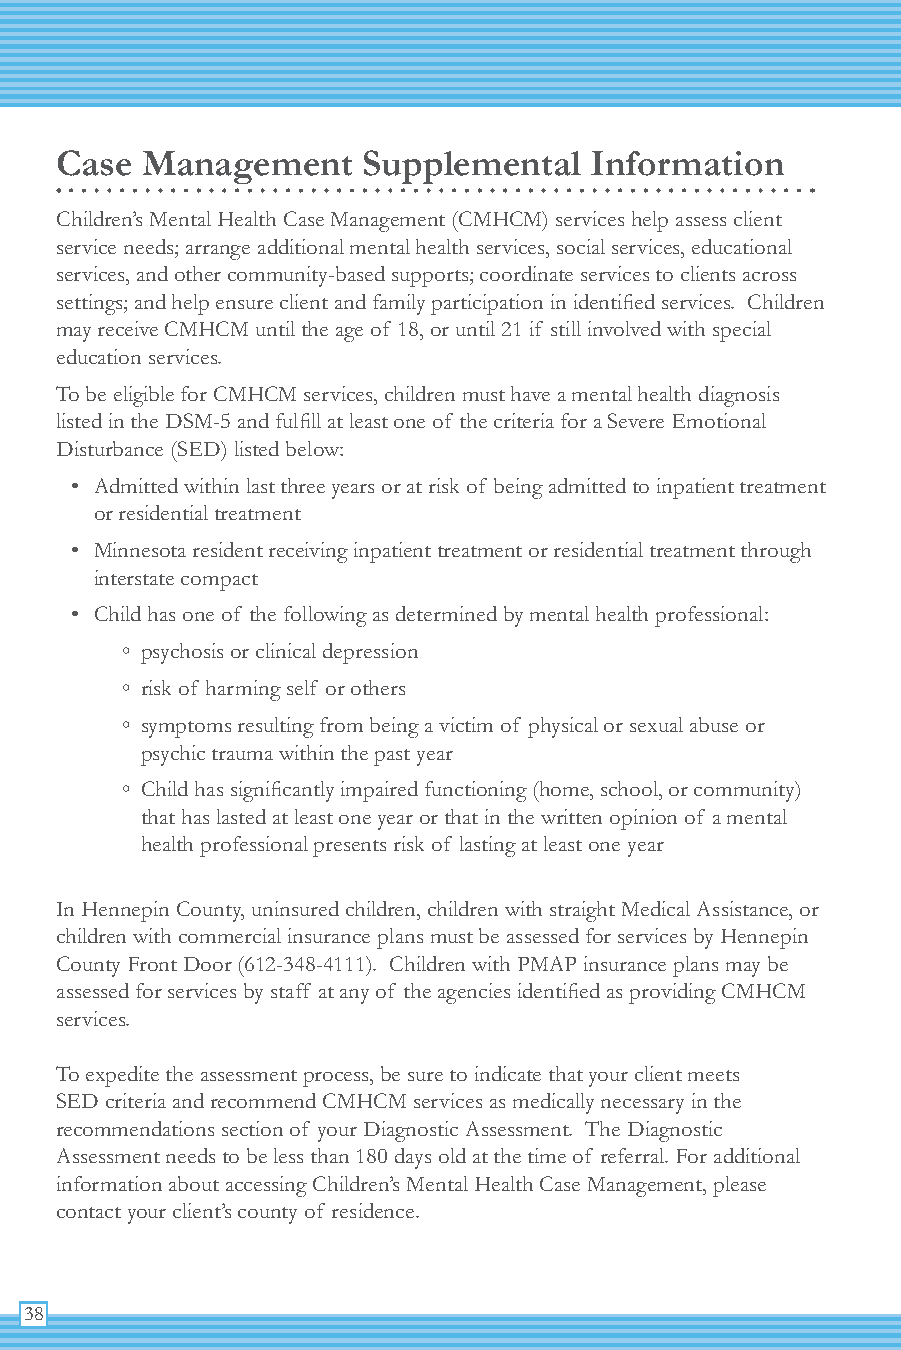
Case Management     Supplemental   Information
 Children’s Mental Health Case Management (CMHCM) services help assess client
 service needs; arrange additional mental health services, social services, educational
 services, and other community-based supports; coordinate services to clients across
 settings; and help ensure client and family participation in identified services. Children
 may receive CMHCM until the age of 18, or until 21 if still involved with special
 education services.
 To be eligible for CMHCM services, children must have a mental health diagnosis
 listed in the DSM-5 and fulfill at least one of the criteria for a Severe Emotional
 Disturbance (SED) listed below:
 • Admitted within last three years or at risk of being admitted to inpatient treatment
 or residential treatment
 • Minnesota resident receiving inpatient treatment or residential treatment through
 interstate compact
 • Child has one of the following as determined by mental health professional:
 ◦ psychosis or clinical depression
 ◦ risk of harming self or others
 ◦ symptoms resulting from being a victim of physical or sexual abuse or
 psychic trauma within the past year
 ◦ Child has significantly impaired functioning (home, school, or community)
 that has lasted at least one year or that in the written opinion of a mental
 health professional presents risk of lasting at least one year
 In Hennepin County, uninsured children, children with straight Medical Assistance, or
 children with commercial insurance plans must be assessed for services by Hennepin
 County Front Door (612-348-4111). Children with PMAP insurance plans may be
 assessed for services by staff at any of the agencies identified as providing CMHCM
 services.
 To expedite the assessment process, be sure to indicate that your client meets
 SED criteria and recommend CMHCM services as medically necessary in the
 recommendations section of your Diagnostic Assessment. The Diagnostic
 Assessment needs to be less than 180 days old at the time of referral. For additional
 information about accessing Children’s Mental Health Case Management, please
 contact your client’s county of residence.
 38